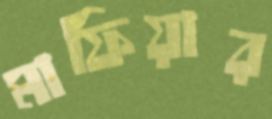
মাফিয়ার